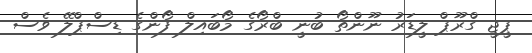
ޕީޖީ ގްރޫޕް ލީޑަރު ނޫންތޯ ބުނީ ބްރޯގެ މޯބައިލް ފޯންގެ ޑިސްޕްލޭ ވެސް